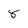
Character: 8